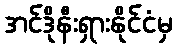
အင်ဒိုနီးရှားနိုင်ငံမှ